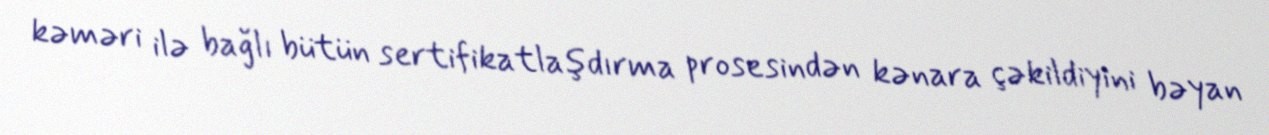
kəməri ilə bağlı bütün sertifikatlaşdırma prosesindən kənara çəkildiyini bəyan